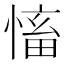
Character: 慉